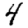
Digit: 4